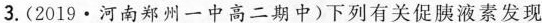
3.(2019\cdot 河南郑州一中高二期中)下列有关促胰液素发现